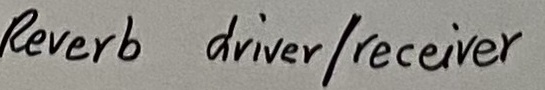
Text: Reverb driver/receiver